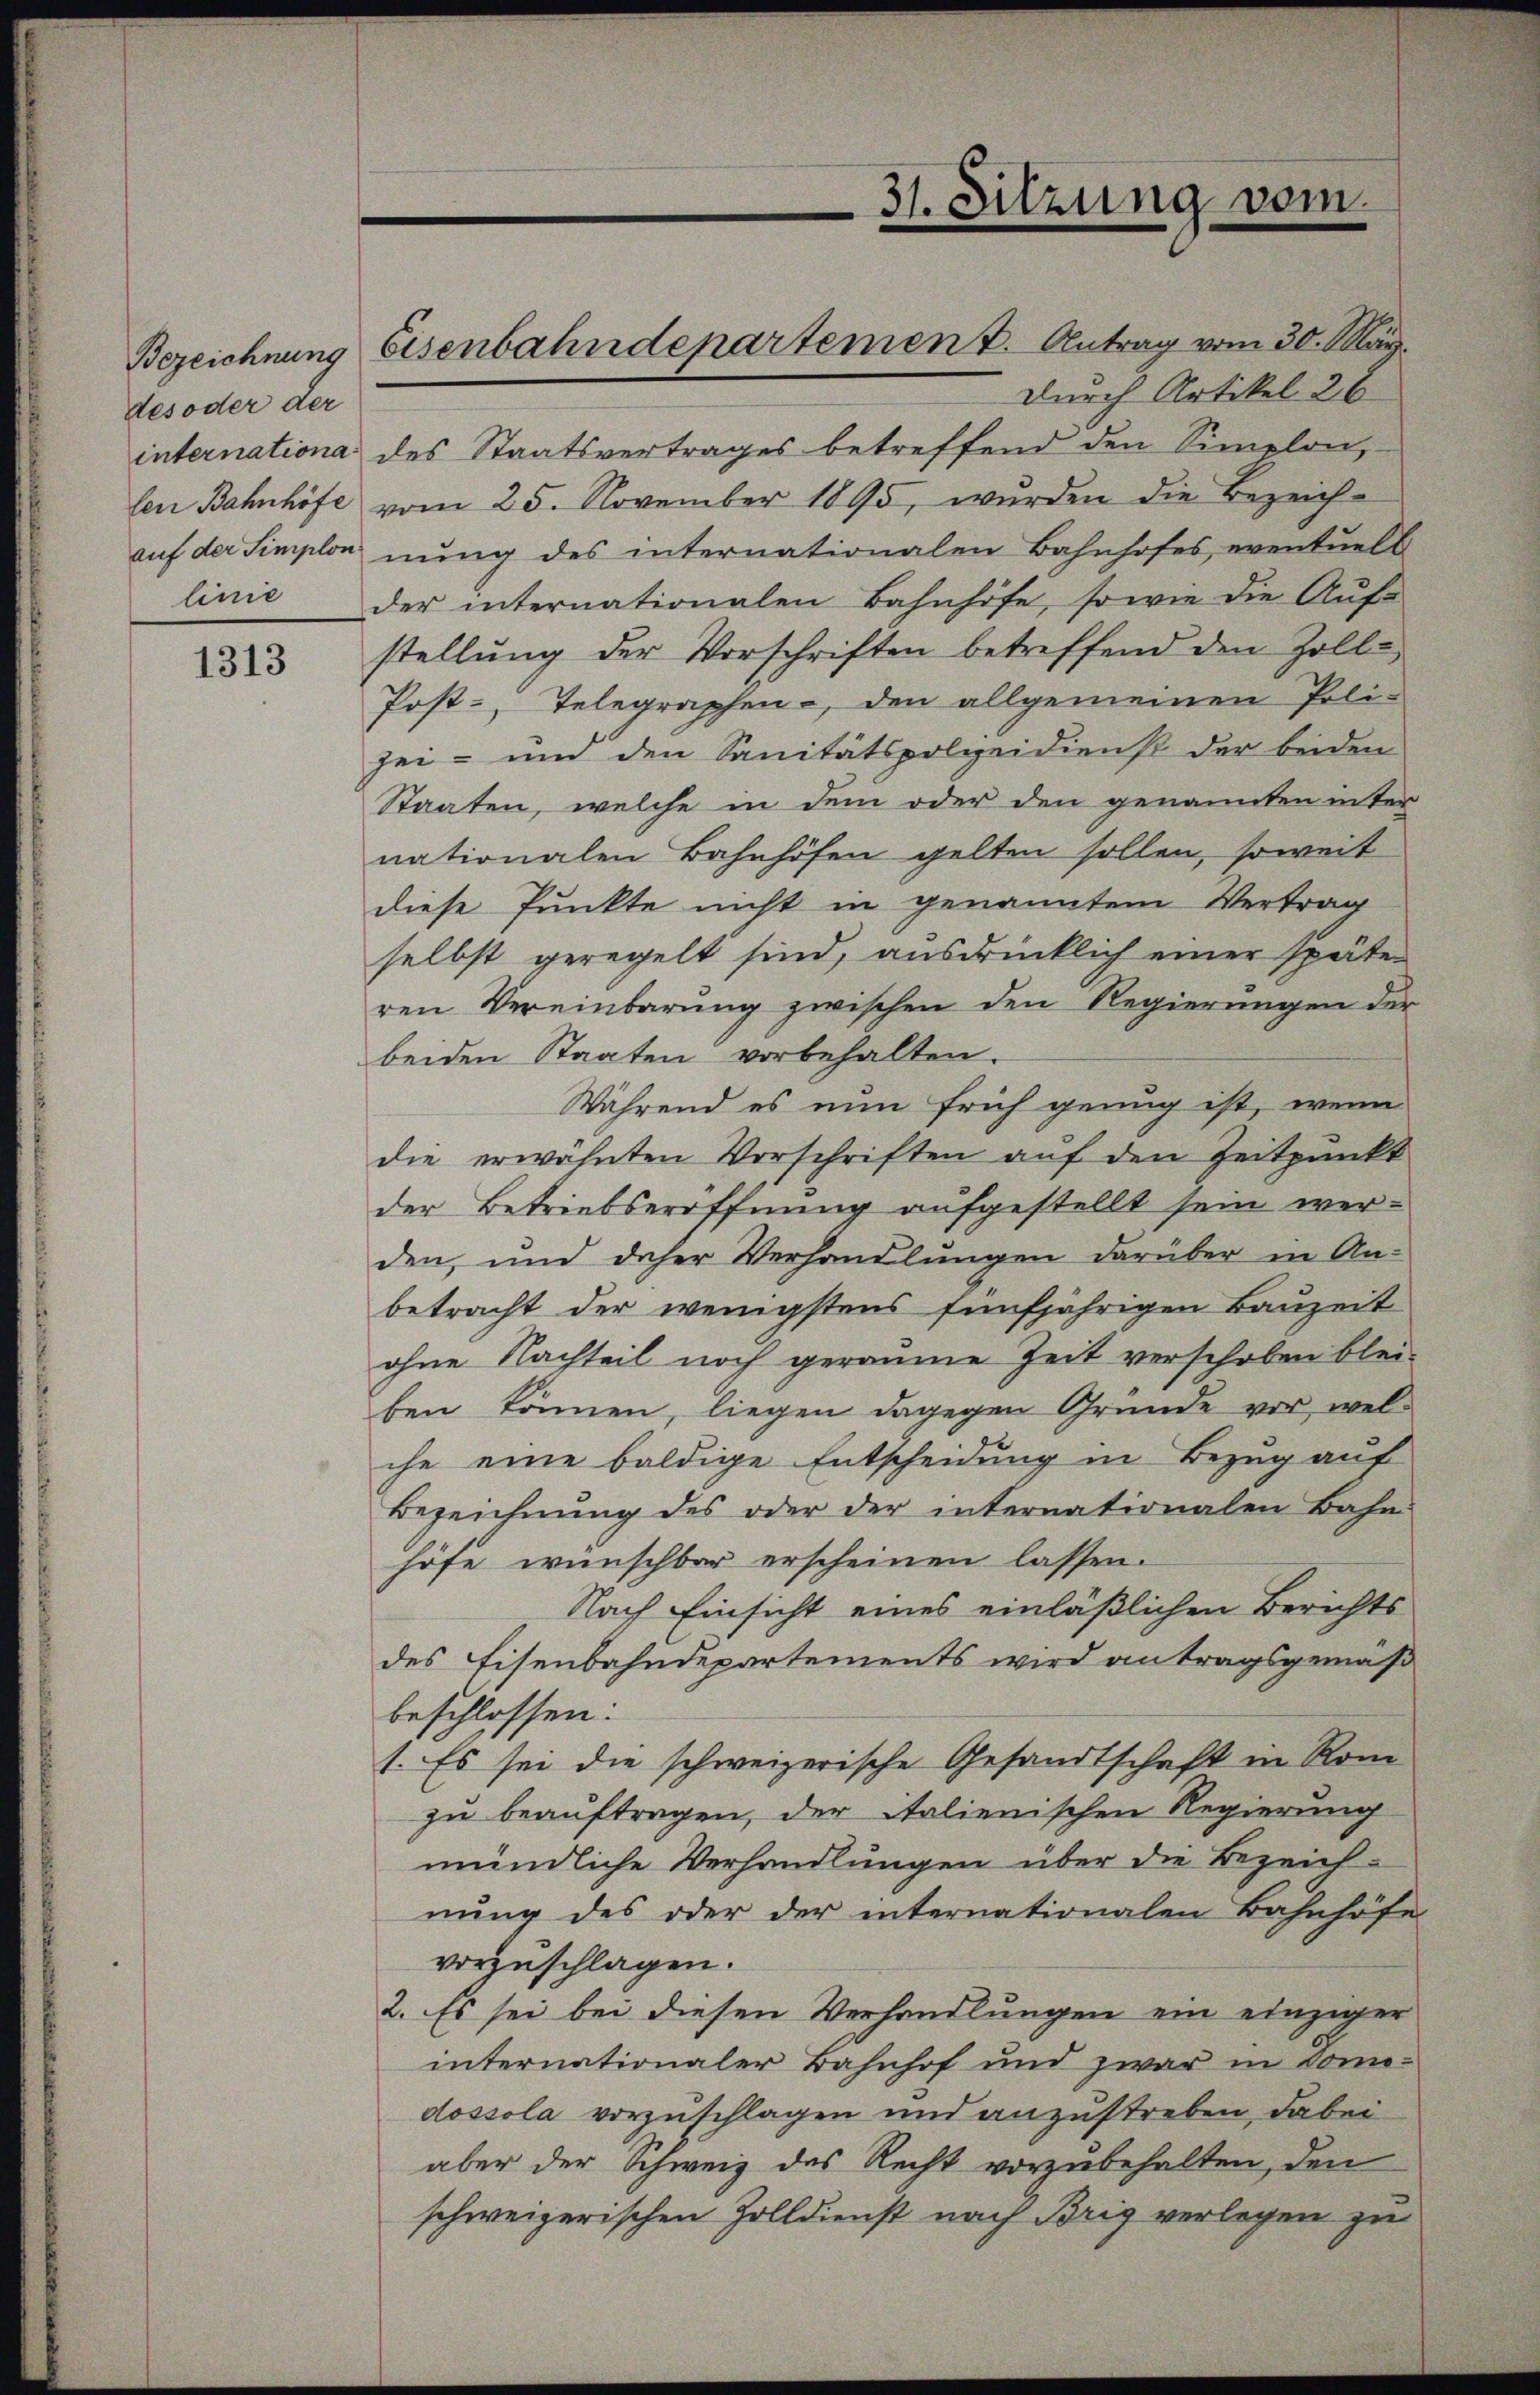
des oder der
internationa
len Bahnhöfe
auf der Simplon

1313

Bezeichnung Eisenbahndepartement. Antrag vom 30. März.

31. Sitzung vom

des Staatsvertrages betreffend den Simplon,
vom 25. November 1895, wŭrden die Bezeich-
nung des internationalen Bahnhofes, eventuell
linie der internationalen Bahnhöfe, so wie die Aŭf-
stellŭng der Vorschriften betreffend den Zoll-
Post-Telegraphen-, den allgemeinen Poli-
zei- und den Sanitätspolzeidienst der beiden
Staaten, welche in dem oder den genannten inter
nationalen Bahnhöfen gelten sollen, soweit
diese Punkte nicht in genanntem Vertrag
selbst geregelt sind, ausdrücklich einer späte
ren Vereinbarung zwischen den Regierungen der
beiden Staaten vorbehalten.
Während es nun früh genug ist, wenn
die erwähnten Vorschriften auf den Zeitpunkt
der Betriebseröffnung aufgestellt sein werden, und daher Verhandlungen darüber in An-
betracht der wenigstens fünfjährigen Bauzeit
ohne Nachteil noch geraume Zeit verschoben blei-
ben können, liegen dagegen Gründe vor, welche eine baldige Entscheidung in Bezug auf
Bezeichnŭng des oder der internationalen Bahn
höfe wünschbar erscheinen lassen.
Nach Einsicht eines einläßlichen Berichts
des Eisenbahndepartements wird antragsgemäß
beschlossen:
1. Es sei die schweizerische Gesandtschaft in Rom
zu beauftragen, der italienischen Regierung
mündliche Verhandlungen über die Bezeich-
nung des oder der internationalen Bahnhöfe
vorzuschlagen.
2. Es sei bei diesen Verhandlungen ein einziger
internationaler Bahnhof und zwar in Como-
dossola vorzuschlagen und anzustreben, dabei
aber der Schweiz des Recht vorzubehalten, den
schweizerischen Zolldienst nach Brig verlegen zu

durch Artikel 26